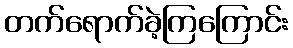
တက်ရောက်ခဲ့ကြကြောင်း